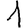
Digit: 1